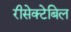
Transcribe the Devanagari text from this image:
रीसेक्टेबिल